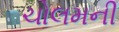
ચોલમની